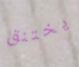
يختنق